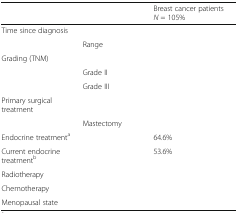
<table><thead><tr><td>[EMPTY_CELL]</td><td>[EMPTY_CELL]</td><td><b>Breast cancer patients <i>N</i> = 105%</b></td></tr></thead><tbody><tr><td rowspan="2">Time since diagnosis</td><td>[EMPTY_CELL]</td><td>[EMPTY_CELL]</td></tr><tr><td>Range</td><td>[EMPTY_CELL]</td></tr><tr><td rowspan="3">Grading (TNM)</td><td>[EMPTY_CELL]</td><td>[EMPTY_CELL]</td></tr><tr><td>Grade II</td><td>[EMPTY_CELL]</td></tr><tr><td>Grade III</td><td>[EMPTY_CELL]</td></tr><tr><td rowspan="2">Primary surgical treatment</td><td>[EMPTY_CELL]</td><td>[EMPTY_CELL]</td></tr><tr><td>Mastectomy</td><td>[EMPTY_CELL]</td></tr><tr><td>Endocrine treatment<sup>a</sup></td><td>[EMPTY_CELL]</td><td>64.6%</td></tr><tr><td>Current endocrine treatment<sup>b</sup></td><td>[EMPTY_CELL]</td><td>53.6%</td></tr><tr><td>Radiotherapy</td><td>[EMPTY_CELL]</td><td>[EMPTY_CELL]</td></tr><tr><td>Chemotherapy</td><td>[EMPTY_CELL]</td><td>[EMPTY_CELL]</td></tr><tr><td>Menopausal state</td><td>[EMPTY_CELL]</td><td>[EMPTY_CELL]</td></tr></tbody></table>